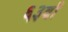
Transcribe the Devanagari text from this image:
६३वाँ